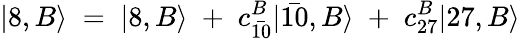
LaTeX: |8,B\rangle\; =\; |8,B\rangle\; +\; c_{\bar{10}}^{B}|\bar{10},B\rangle\; +\; c_{27}^{B}|27,B\rangle